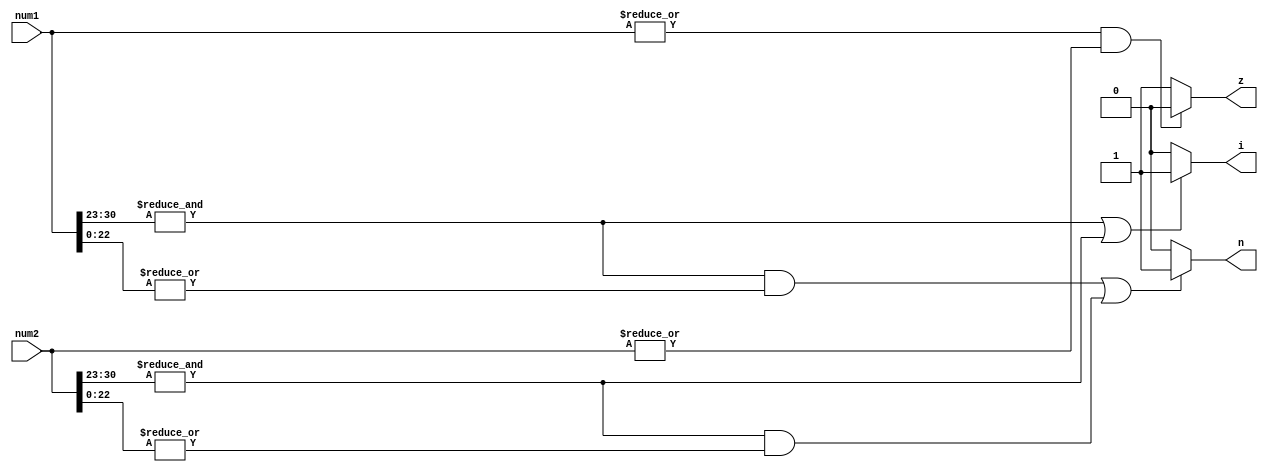
module check_inf_zero_non(
output reg i,z,n, 	
input [31:0] num1,		
input [31:0] num2);

always @(num1 or num2)
begin
if (((|num1)&(|num2)) ==1'b0)
z =1'b1;
else
z =1'b0;

if (((&num1[30:23])|(&num2[30:23])) ==1'b1)
i =1'b1;
else
i =1'b0;

if (((&num1[30:23] == 1'b1) && (|num1[22:0] == 1'b1))||((&num2[30:23] == 1'b1) && (|num2[22:0] == 1'b1)))
n =1'b1;
else
n =1'b0;

//$display("z i%d %b %b",$time,z,i);*/

//assign z=(((|num1)&(|num2)) ==1'b0)?1'b1:1'b0;
//assign i=(((&num1[30:23])|(&num2[30:23])) ==1'b1)?1'b1:1'b0;
//assign n=(((&num1[30:23] == 1'b1) && (|num1[22:0] == 1'b1))||((&num2[30:23] == 1'b1) && (|num2[22:0] == 1'b1)))?1'b1:1'b0;
end
endmodule


module final(
output reg [31:0] product,
input i,z,n,sign,
input [7:0]exp,
input [22:0]mantessa);

always @(sign or exp or mantessa)
begin
//$display("%d %b %b %b",$time,sign,exp,mantessa);
if(n==1'b1)
product ={sign,31'b1111111100000000000000000000001};
if(i==1'b1)
product ={sign,31'b1111111100000000000000000000000};
else if(z==1'b1)
product ={sign,31'b0};
else
product={sign,{8{|mantessa}} & exp,mantessa};
end
endmodule